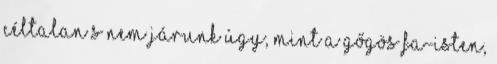
céltalan s nem járunk úgy, mint a gőgös fa-isten,